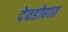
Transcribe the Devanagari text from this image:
देवडोहात